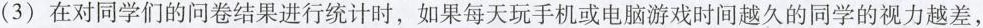
( 3 ) 在对同学们的问卷结果进行统计时，如果每天玩手机或电脑游戏时间越久的同学的视力越差，